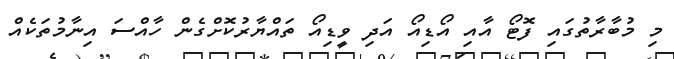
މި މުބާރާތުގައި ފޮޓޯ އާއި އޯޑިއޯ އަދި ވީޑިއޯ ތައްޔާރުކޮށްގެން ހާއްސަ އިނާމުތަކެއް